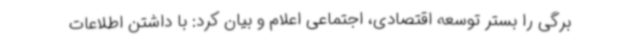
برگی را بستر توسعه اقتصادی، اجتماعی اعلام و بیان کرد: با داشتن اطلاعات